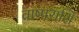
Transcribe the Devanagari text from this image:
वाष्पराशि